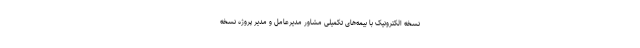
نسخه الکترونیک با بیمه‌های تکمیلی مشاور مدیرعامل و مدیر پروژه نسخه